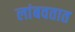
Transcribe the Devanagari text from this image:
लांबवतात